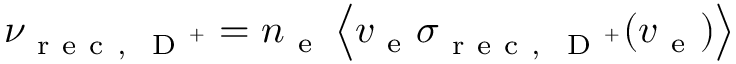
\nu _ { \mathrm { ~ r ~ e ~ c ~ , ~ } \mathrm { ~ D ~ } ^ { + } } = n _ { \mathrm { ~ e ~ } } \left\langle v _ { \mathrm { ~ e ~ } } \sigma _ { \mathrm { ~ r ~ e ~ c ~ , ~ } \mathrm { ~ D ~ } ^ { + } } ( v _ { \mathrm { ~ e ~ } } ) \right\rangle